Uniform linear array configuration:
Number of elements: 48
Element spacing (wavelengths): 0.75
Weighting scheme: cosine
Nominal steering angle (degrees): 45
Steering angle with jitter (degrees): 43.136
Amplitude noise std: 0.05
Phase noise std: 0.05

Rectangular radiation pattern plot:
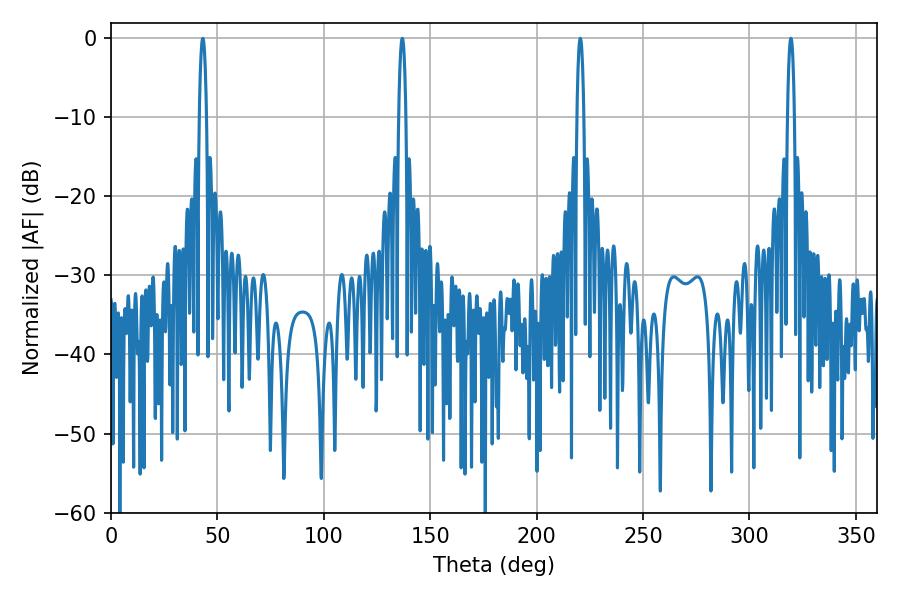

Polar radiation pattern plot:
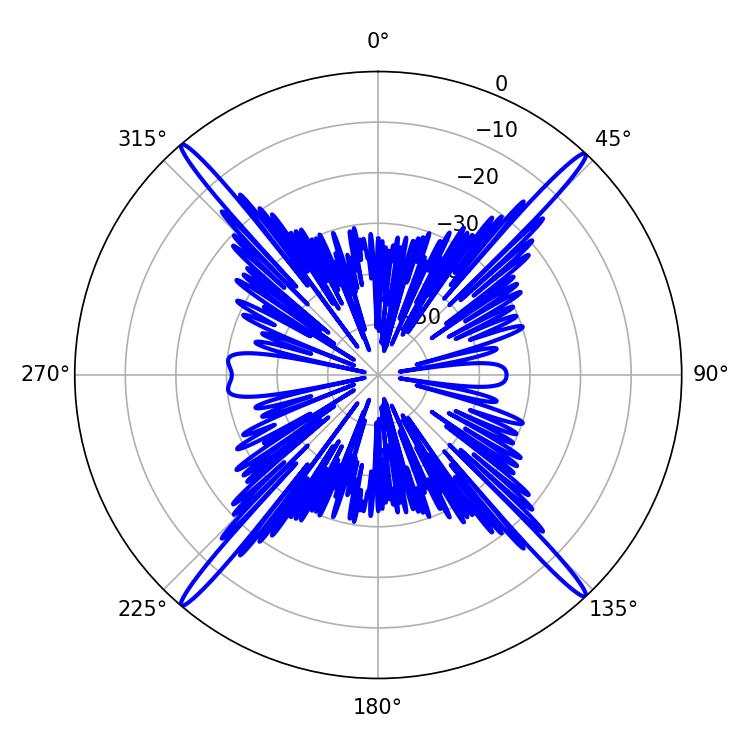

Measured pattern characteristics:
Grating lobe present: TRUE
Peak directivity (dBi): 26.54
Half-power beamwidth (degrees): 1.8
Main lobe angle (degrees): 220.5